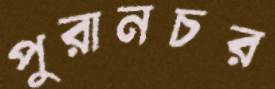
পুরানচর